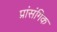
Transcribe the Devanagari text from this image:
प्रांसंगिक